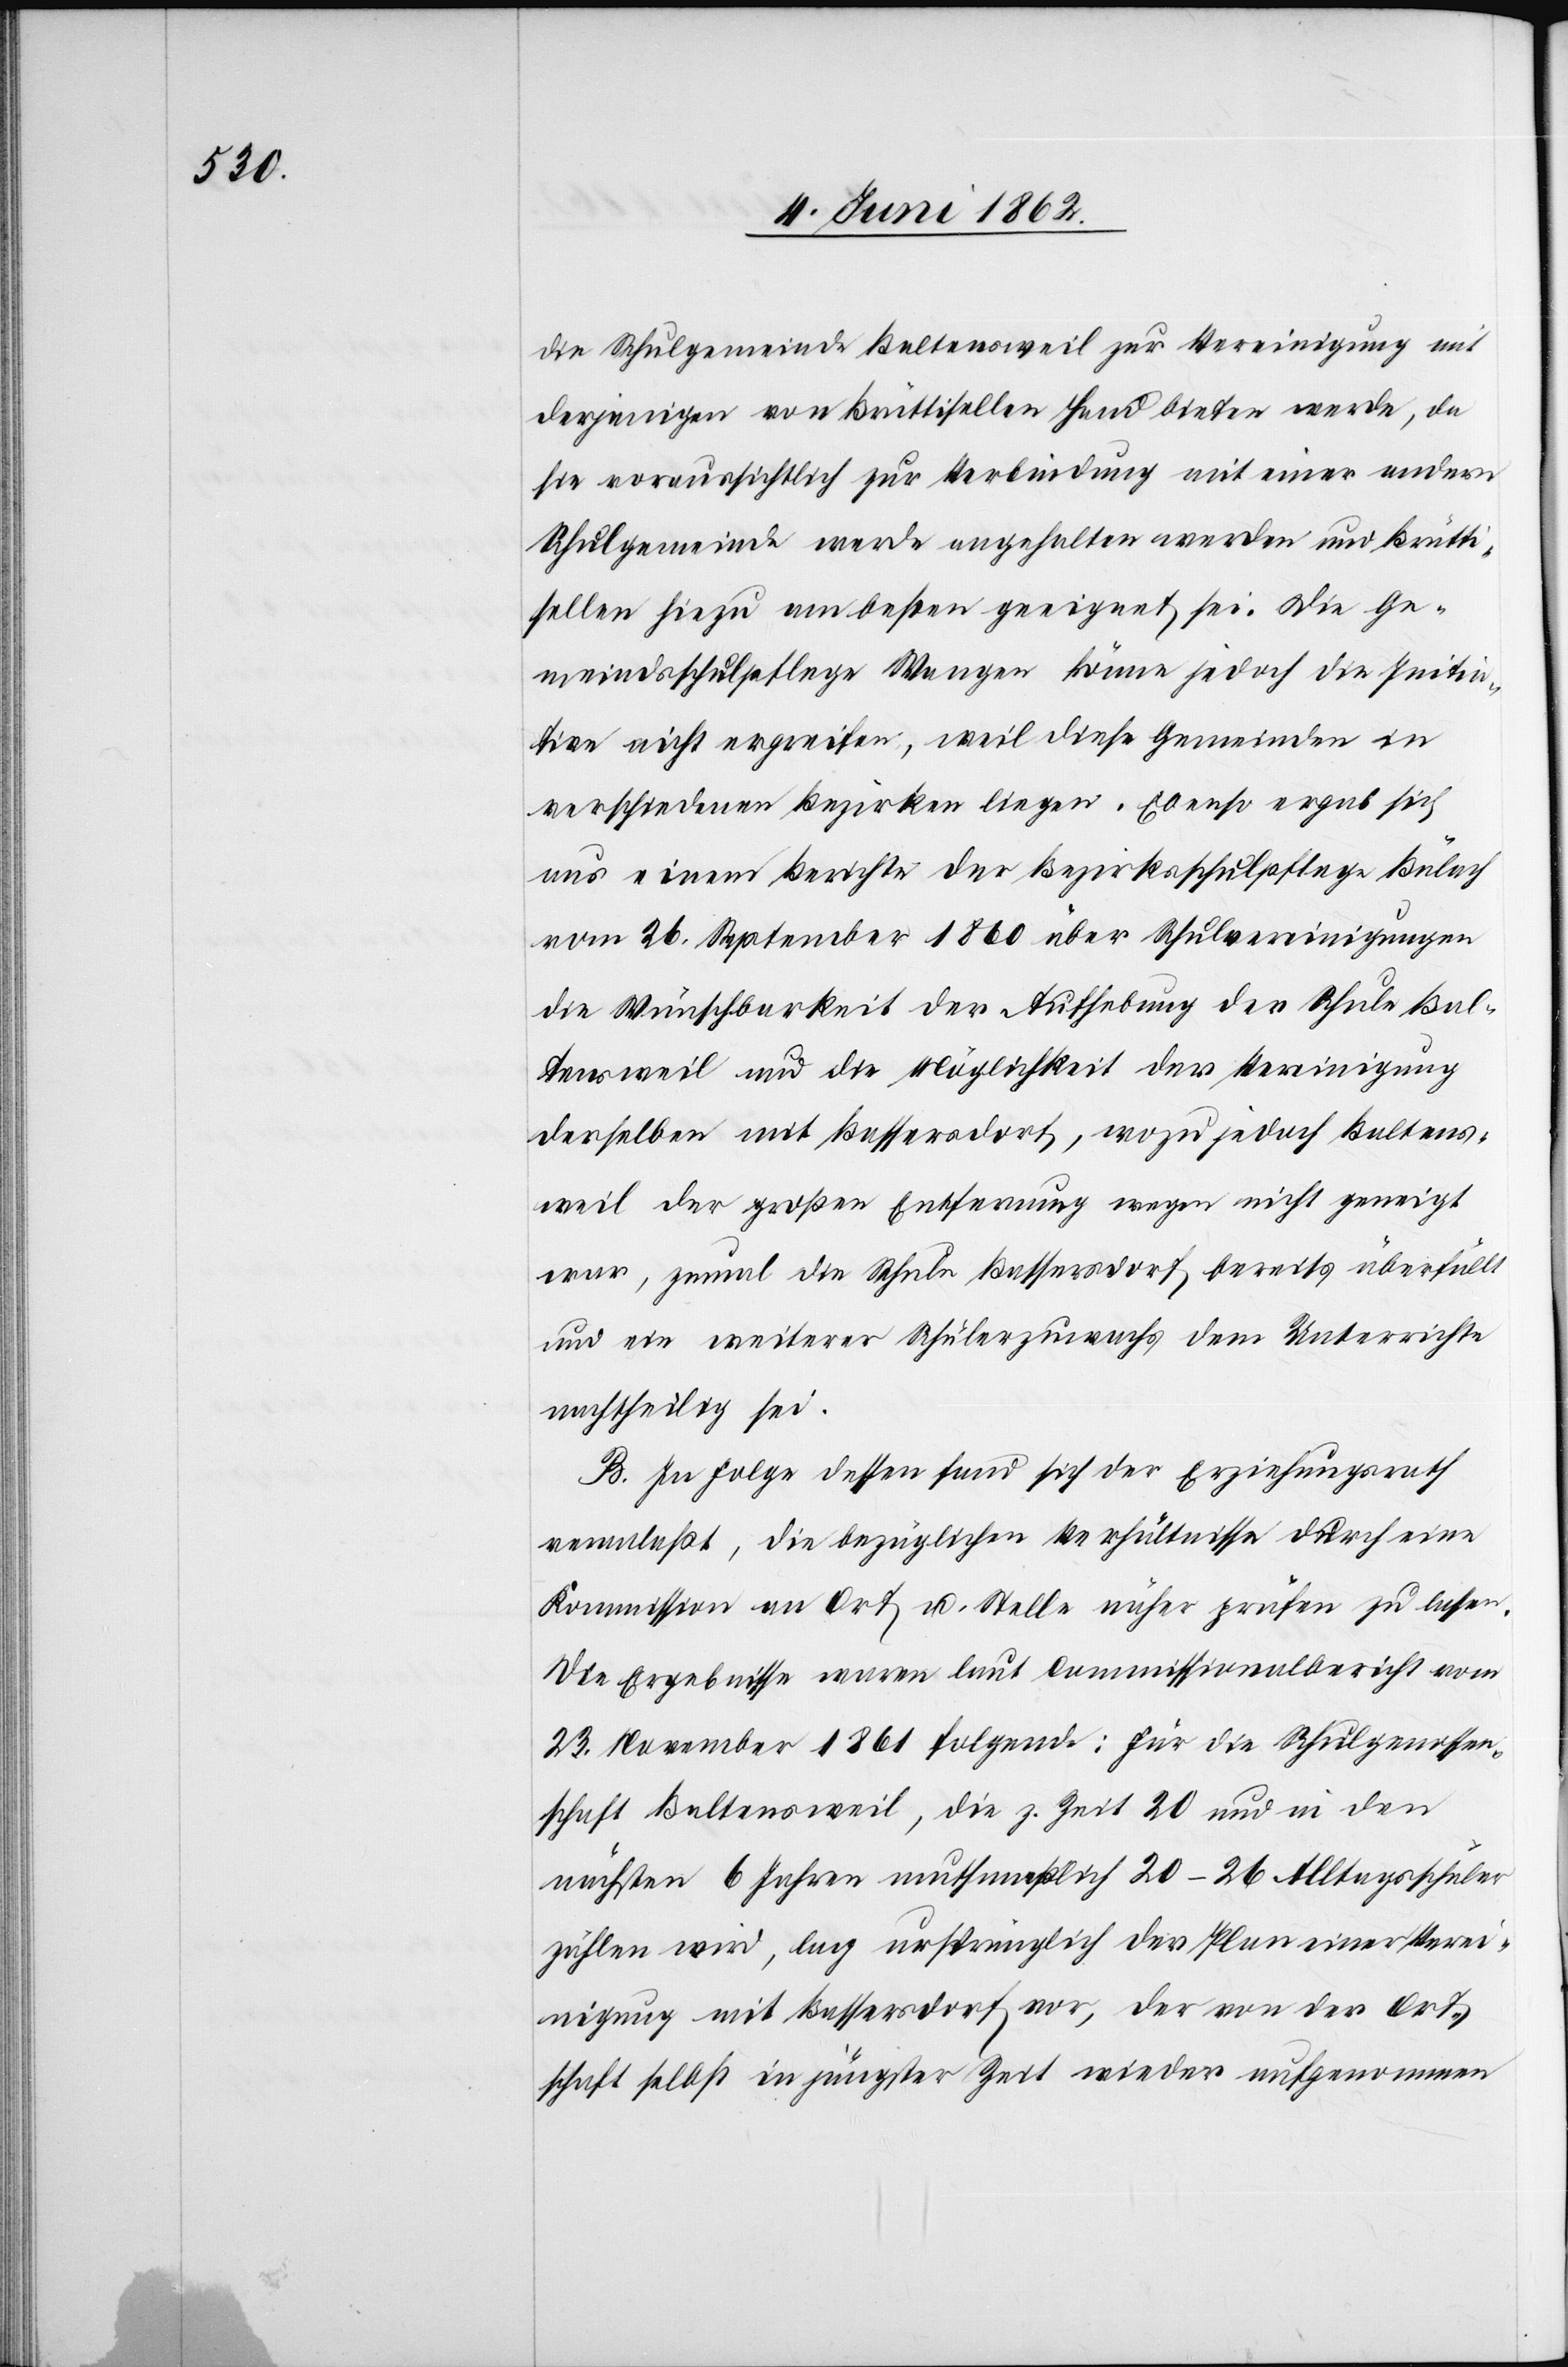
die Schulgemeinde Baltensweil zur Vereinigung mit
derjenigen von Brüttisellen Hand bieten werde, da
sie voraussichtlich zur Verbindung mit einer andern
Schulgemeinde werde angehalten werden und Brütti¬
sellen hiezu am besten geeignet sei. Die Ge¬
meindsschulpflege Wangen könne jedoch die Initia¬
tive nicht ergreifen, weil diese Gemeinden in
verschiedenen Bezirken liegen. Ebenso ergab sich
aus einem Berichte der Bezirksschulpflege Bülach
vom 26. September 1860 über Schulvereinigungen
die Wünschbarkeit der Aufhebung der Schule Bal¬
tensweil und die Möglichkeit der Vereinigung
derselben mit Bassersdorf, wozu jedoch Baltens¬
weil der großen Entfernung wegen nicht geneigt
war, zumal die Schule Bassersdorf bereits überfüllt
und ein weiterer Schülerzuwachs dem Unterricht
nachtheilig sei.
B. In Folge dessen fand sich der Erziehungsrath
veranlaßt, die bezüglichen Verhältnisse durch eine
Kommission an Ort u. Stelle näher prüfen zu lassen.
Die Ergebnisse waren laut Commissionalbericht vom
23. November 1861 folgende: Für die Schulgenossen¬
schaft Baltensweil, die z. Zeit 20 und in den
nächsten 6 Jahren muthmaßlich 20–26 Alltagsschüler
zählen wird, lag ursprünglich der Plan einer Verei¬
nigung mit Bassersdorf vor, der von der Ort¬
schaft selbst in jüngster Zeit wieder aufgenommen